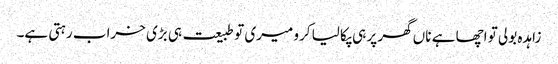
زاہدہ بولی تو اچھا ہے ناں گھر پر ہی پکا لیا کرو میری تو طبیعت ہی بڑی خراب رہتی ہے۔